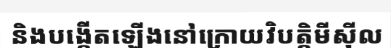
និងបង្កើតឡើងនៅក្រោយវិបត្តិមីស៊ីល